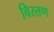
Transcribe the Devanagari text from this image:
विरतण